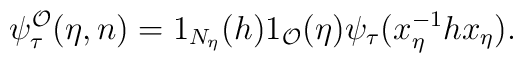
\psi^{\mathcal{O}}_{\tau}(\eta,n)=1_{N_{\eta}}(h)1_{\mathcal{O}}(\eta)\psi_{\tau}(x_{\eta}^{-1}h x_{\eta}).